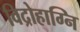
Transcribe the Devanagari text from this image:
विद्रोहाग्नि